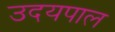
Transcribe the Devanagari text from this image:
उदयपाल